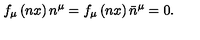
f _ { \mu } \left( n x \right) n ^ { \mu } = f _ { \mu } \left( n x \right) \bar { n } ^ { \mu } = 0 .